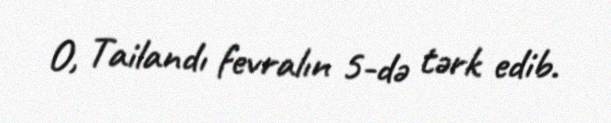
O, Tailandı fevralın 5-də tərk edib.